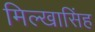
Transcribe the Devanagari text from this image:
मिल्खासिंह